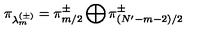
\pi _ { \lambda _ { m } ^ { ( \pm ) } } = \pi _ { m / 2 } ^ { \pm } \bigoplus \pi _ { ( N ^ { \prime } - m - 2 ) / 2 } ^ { \pm }